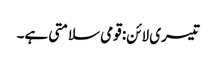
تیسری لائن: قومی سلامتی ہے۔